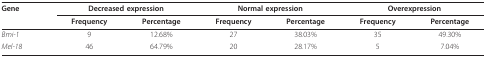
<table><thead><tr><td><b>Gene</b></td><td colspan="2"><b>Decreased expression</b></td><td colspan="2"><b>Normal expression</b></td><td colspan="2"><b>Overexpression</b></td></tr><tr><td></td><td><b>Frequency</b></td><td><b>Percentage</b></td><td><b>Frequency</b></td><td><b>Percentage</b></td><td><b>Frequency</b></td><td><b>Percentage</b></td></tr></thead><tbody><tr><td><i>Bmi-1</i></td><td>9</td><td>12.68%</td><td>27</td><td>38.03%</td><td>35</td><td>49.30%</td></tr><tr><td><i>Mel-18</i></td><td>46</td><td>64.79%</td><td>20</td><td>28.17%</td><td>5</td><td>7.04%</td></tr></tbody></table>